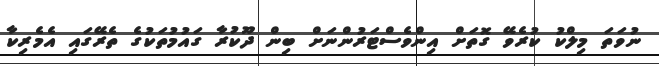
ނުވަތަ މިލްކު ކުރެވޭ ގޮތަށް އިންވެސްޓަރުންނަށް ބިން ދޫކުރާ ގައުމުތަކުގެ ތެރޭގައި އެމެރިކާ